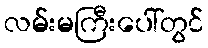
လမ်းမကြီးပေါ်တွင်